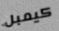
كيمبل